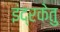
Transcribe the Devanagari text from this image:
इंद्रकेतु